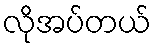
လိုအပ်တယ်